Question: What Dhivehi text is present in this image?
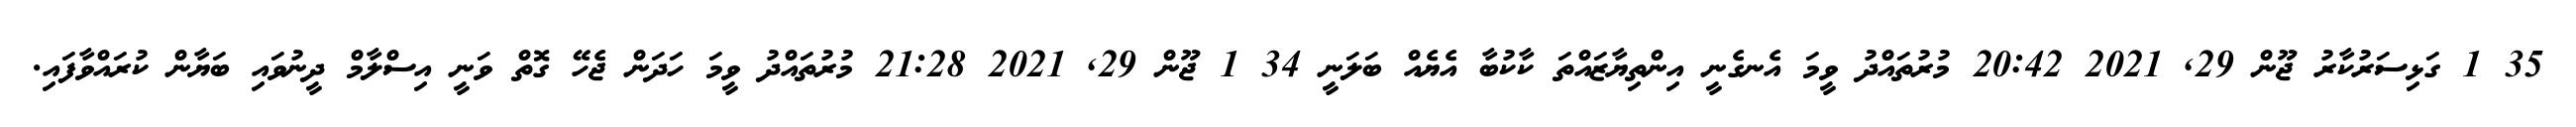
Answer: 35 1 ގަޅިސަރުކާރު ޖޫން 29, 2021 20:42 މުރުތައްދު ވީމަ އެނގެނީ އިންތިޔާޒައްތަ ކާކުބާ އެޔެއް ބަލަނީ 34 1 ޖޫން 29, 2021 21:28 މުރުތައްދު ވީމަ ހަދަން ޖެހޭ ގޮތް ވަނީ އިސްލާމް ދީނުވައި ބަޔާން ކުރައްވާފައި.